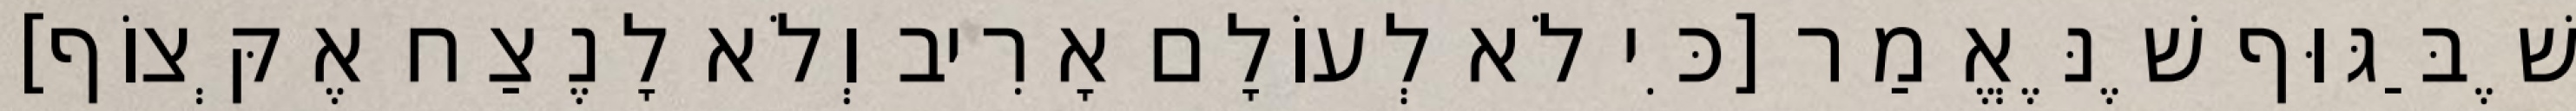
שֶׁבַּגּוּף שֶׁנֶּאֱמַר [כִּי לֹא לְעוֹלָם אָרִיב וְלֹא לָנֶצַח אֶקְּצוֹף]